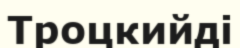
Троцкийді